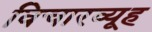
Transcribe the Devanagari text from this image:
विचारव्यूह